Tartu_linnavalitsus, lk 30
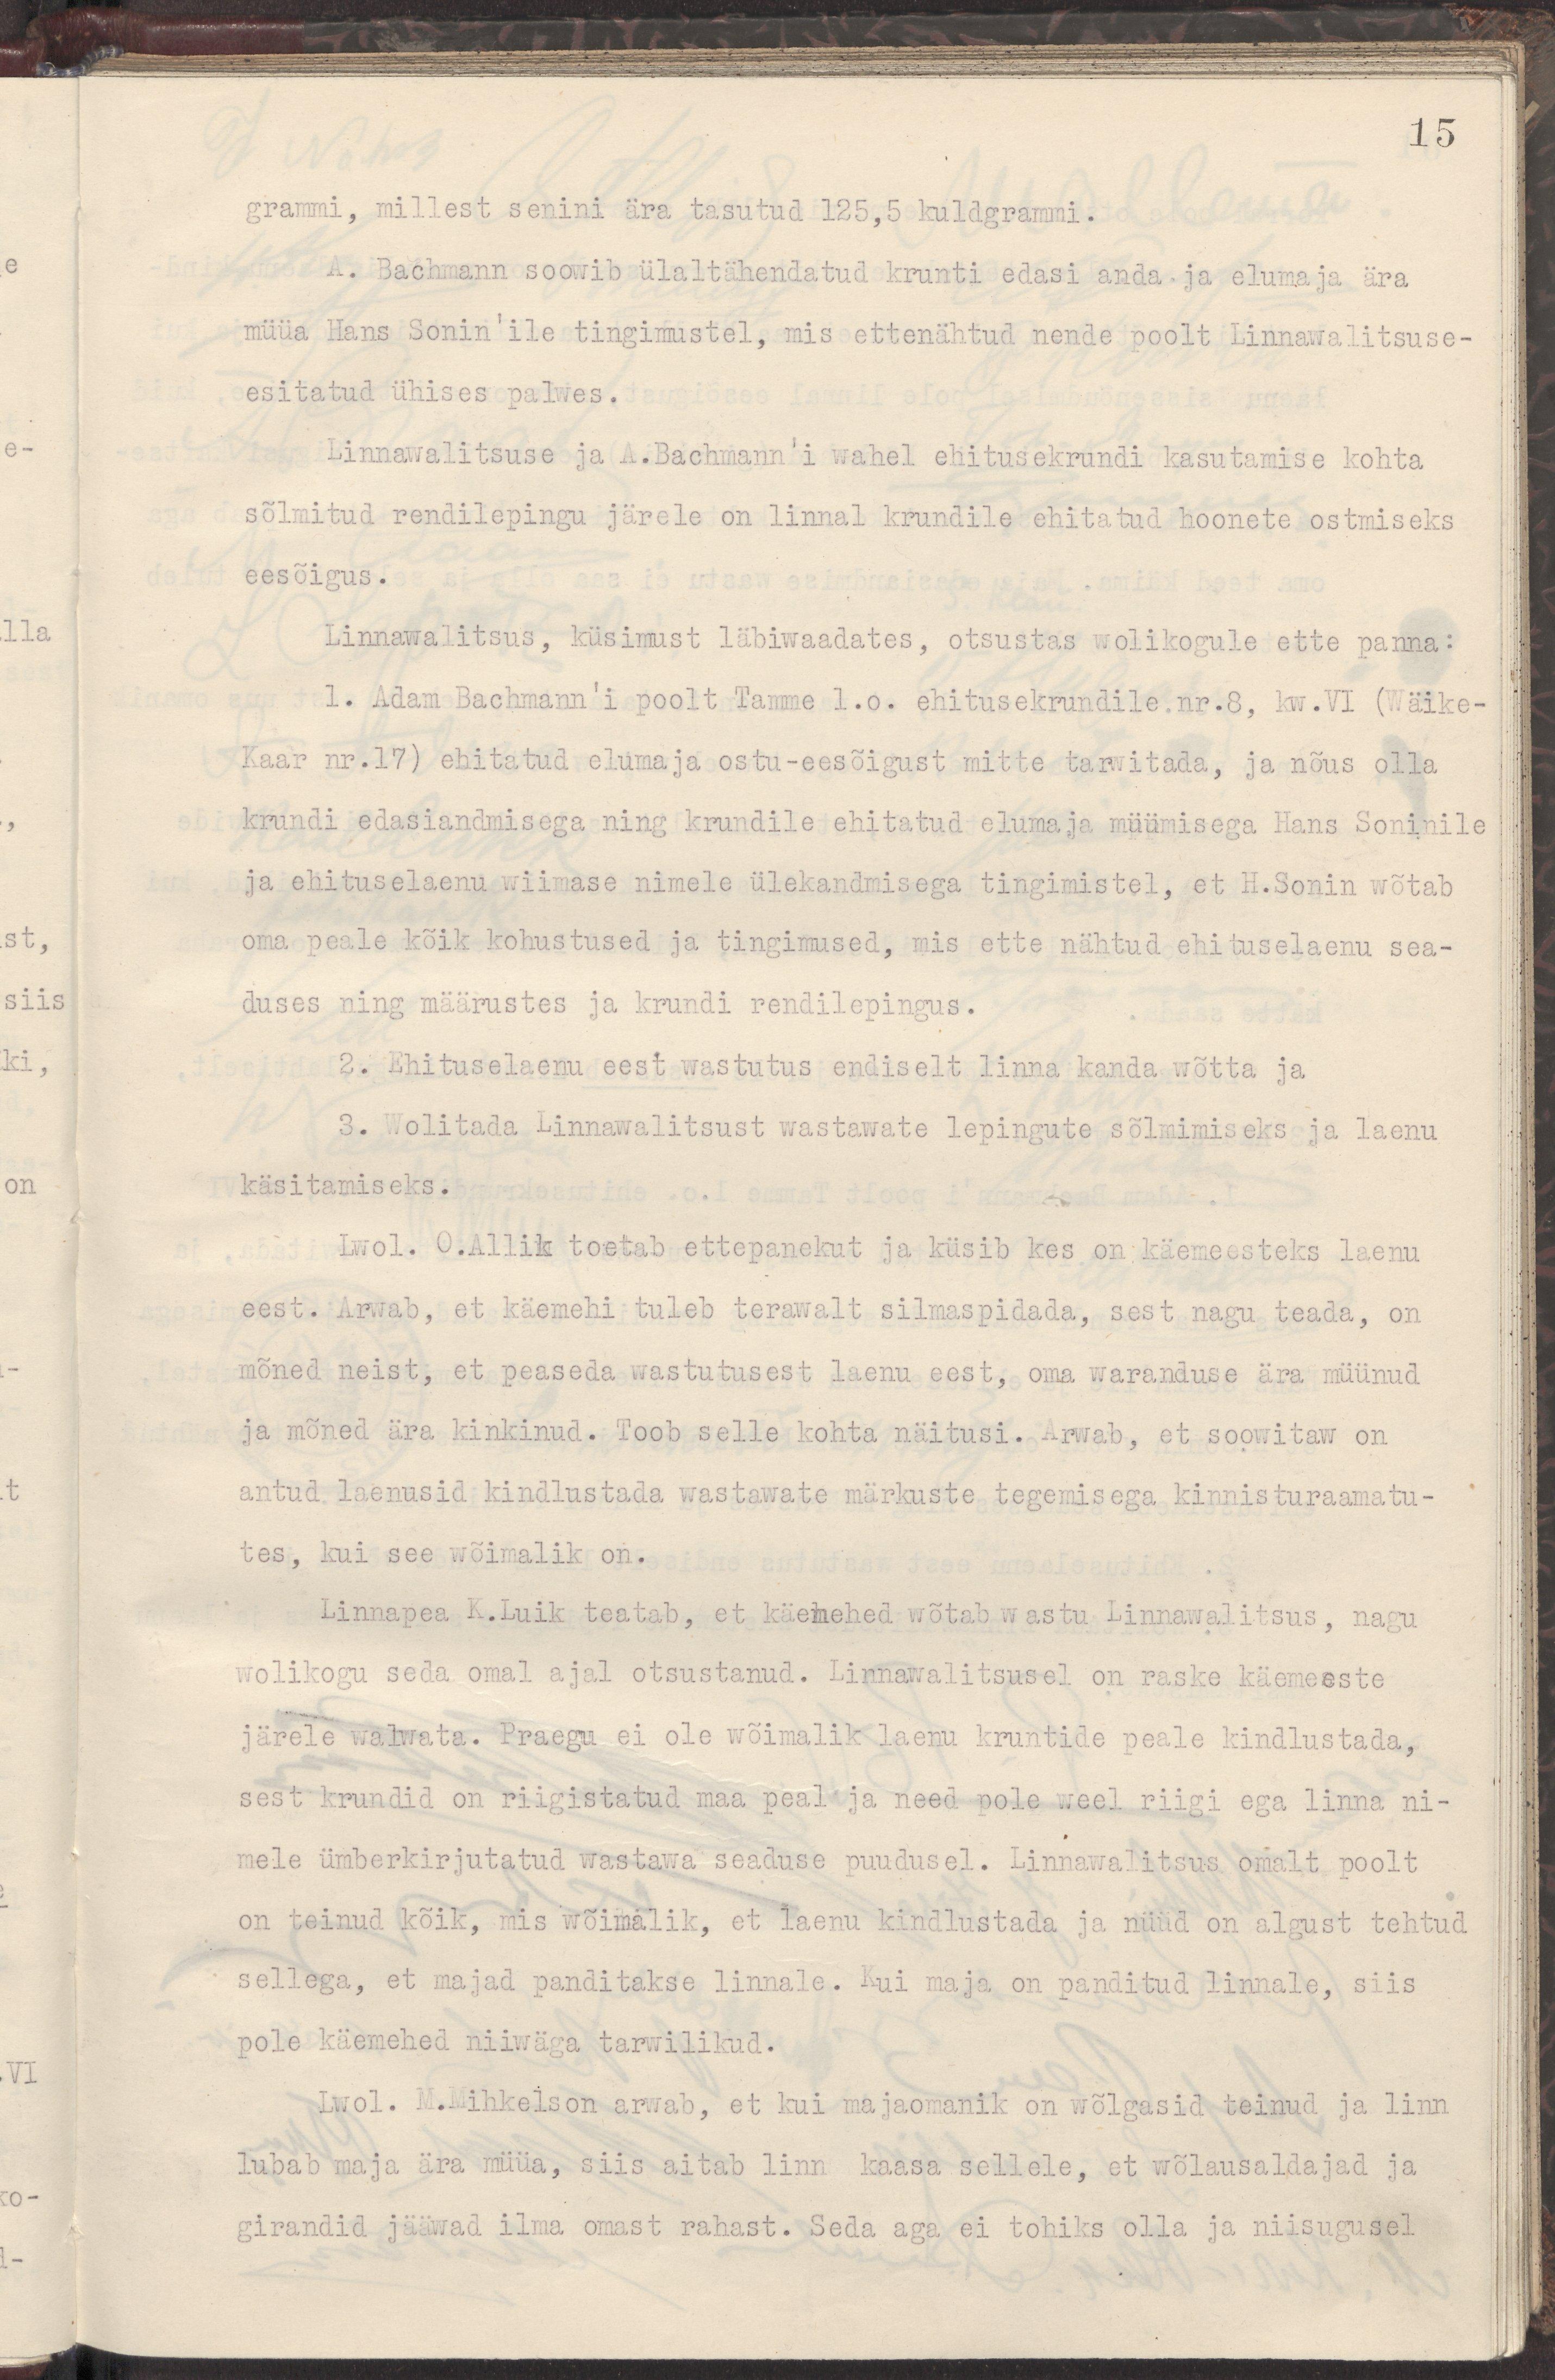
15
grammi, millest senini ära tasutud 125,5 kuldgrammi.
A.Bachmann soowib ülaltähendatud krunti edasi anda ja elumaja ära
müüa Hans Sonin'ile tingimustel, mis ettenähtud nende poolt Linnawalitsuse-
esitatud ühises palwas.
Linnawalitsuse ja A.Bachmann'i wahel ehituskrundi kasutamise kohta
sõlmitud rendilepingu järele on linnal krundile ehitatud hoonete ostmiseks
eesõigus.
Linnawalitsus, küsimust läbiwaadates, otsustas wolikogule ette panna:
1. Adam Bachmann'i poolt Tamme 1.o. ehituskrundile.nr.8, kw.VI (Wäike-
Kaar nr.17) ehitatud elumaja ostu-eesõigust mitte tarwitada, ja nõus olla
krundi edasiandmisega ning krundile ehitatud elumaja müümisega Hans Soninile
ja ehituselaenu wiimase nimele ülekandmisega tingimistel, et H.Sonin wõtab
oma peale kõik kohustused ja tingimused, mis ette nähtud ehituselaenu sea-
duses ning määrustes ja krundi rendilepingus.
2. Ehituselaenu eest wastutus endiselt linna kanda wõtta ja
3. Wolitada Linnawalitsust wastawate lepingute sõlmimiseks ja laenu
käsitamiseks.
Lwol. O.Allik toetab ettepanekut ja küsib kes on käemeesteks laenu
eest. Arwab, et käemehi tuleb terawalt silmaspidada, sest nagu teada, on
mõned neist, et peaseda wastutusest laenu eest, oma waranduse ära müünud
ja mõned ära kinkinud. Toob selle kohta näitusi. Arwab, et soowitaw on
antud laenusid kindlustada wastawate märkuste tegemisega kinnisturaamatu-
tes, kui see wõimalik on.
Linnapea K.Luik teatab, et käemehed wõtab wastu Linnawalitsus, nagu 
wolikogu seda omal ajal otsustanud. Linnawalitsusel on raske käemeeste
järele walwata. Praegu ei ole wõimalik laenu kruntide peale kindlustada,
sest krundid on riigistatud maa peal ja need pole weel riigi ega linna ni-
mele ümberkirjutatud wastawa seaduse puudusel. Linnawalitsus omalt poolt
on teinud kõik, mis wõimalik, et laenukindlustada ja nüüd on algust tehtud
sellega, et majad panditakse linnale. Kui maja on panditud linnale, siis
pole käemehed niiwäga tarwilikud.
Lwol. M.Mihkelson arwab, et kui majaomanik on wõlgasid teinud ja linn
lubab maja ära müüa, siis aitab linn  kaasa sellele, et wõlausaldajad ja 
girandid jääwad ilma omast rahast. Seda aga ei tohiks olla ja niisugusel